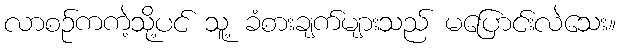
လာစဉ်ကကဲ့သို့ပင် သူ့ ခံစားချက်များသည် မပြောင်းလဲသေး။